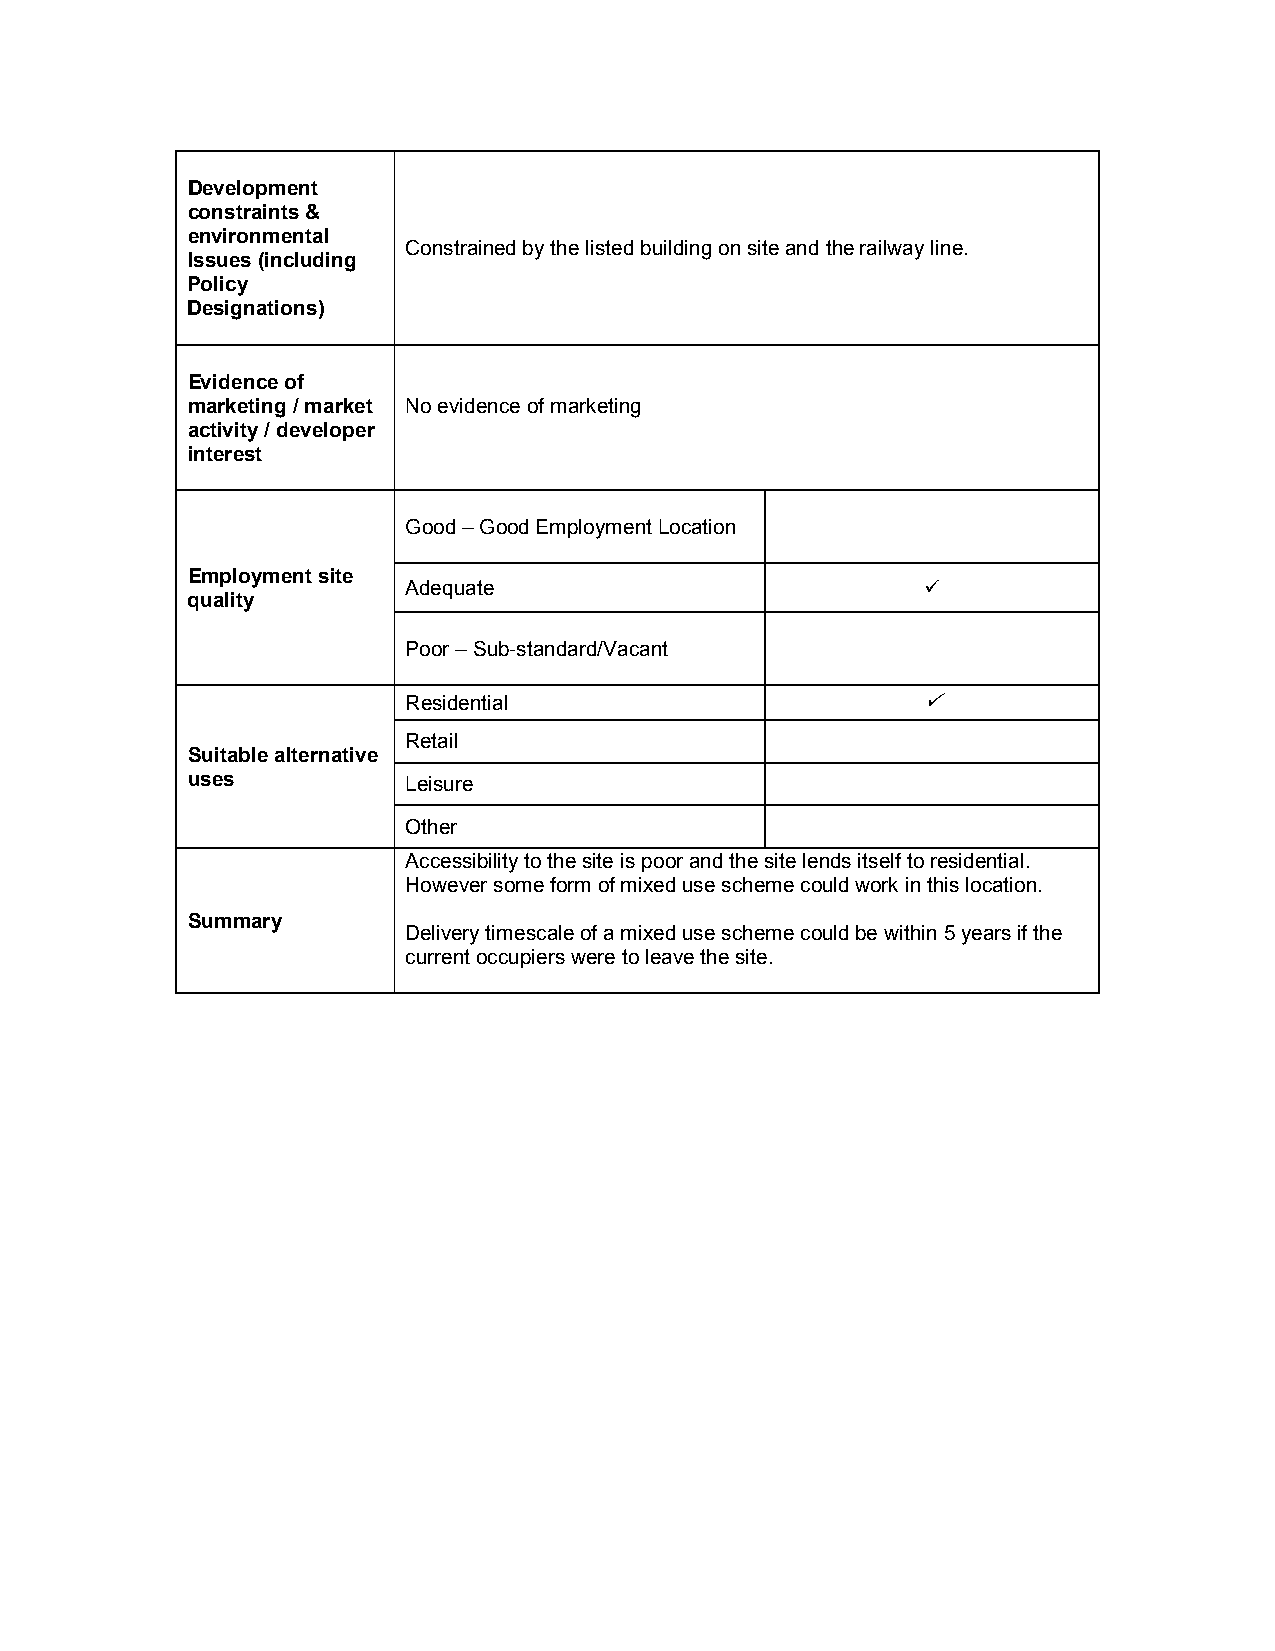
Development
 constraints &
 environmental
 Constrained by the listed building on site and the railway line.
 Issues (including
 Policy
 Designations)
 Evidence of
 marketing / market No evidence of marketing
 activity / developer
 interest
 Good – Good Employment Location
 Employment site
 Adequate                          
 quality
 Poor – Sub-standard/Vacant
 Residential                       
 Retail
 Suitable alternative
 uses           Leisure
 Other
 Accessibility to the site is poor and the site lends itself to residential.
 However some form of mixed use scheme could work in this location.
 Summary
 Delivery timescale of a mixed use scheme could be within 5 years if the
 current occupiers were to leave the site.